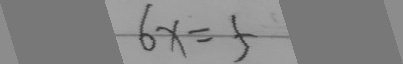
6 x = 5